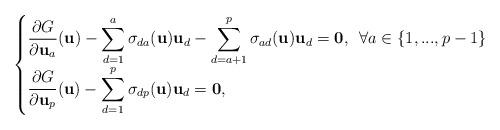
LaTeX: \begin{align*}\begin{cases}\displaystyle\frac{\partial G}{\partial {\bf u}_a}({\bf u})-\sum\limits_{d=1}^a\sigma_{da}({\bf u}){\bf u}_d-\sum\limits_{d=a+1}^p\sigma_{ad}({\bf u}){\bf u}_d={\bf 0},\,\,\,\forall a\in \{1,...,p-1\} \\\displaystyle\frac{\partial G}{\partial {\bf u}_p}({\bf u})-\sum\limits_{d=1}^p\sigma_{dp}({\bf u}){\bf u}_d={\bf 0},\end{cases}\end{align*}